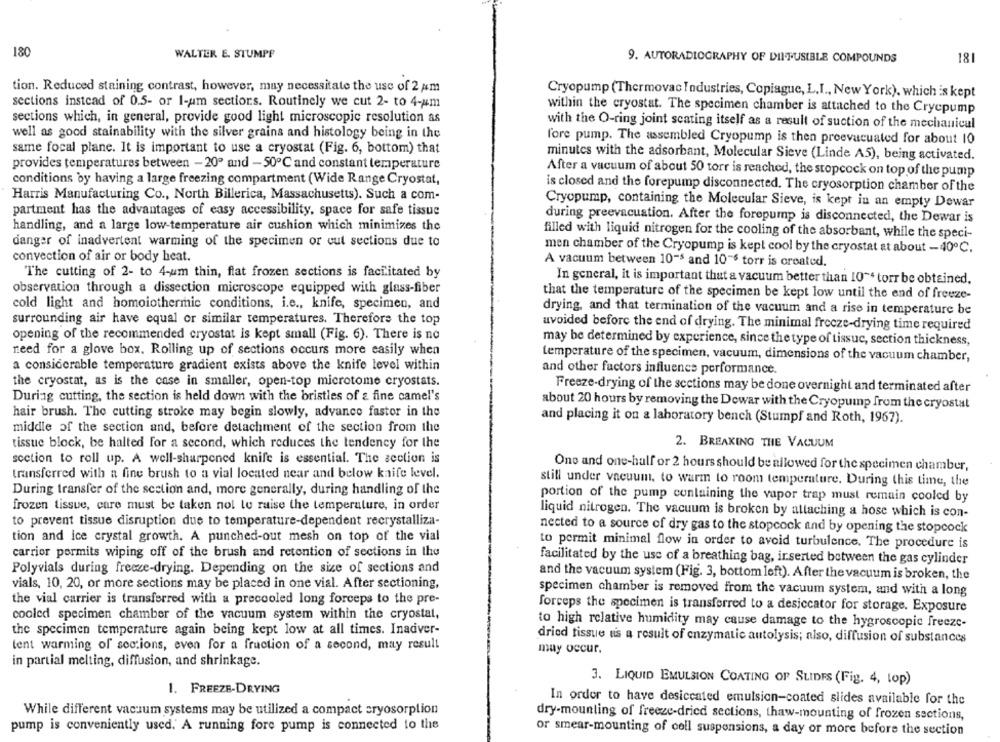
180
WALTER E. STUMPF
9. AUTORADIOGRAPHY OF DIFFUSIBLE COMPOUNDS
181
tion. Reduced staining contrast, however, may necessitate the use of 2 am
Cryopump (Thermovac Industries, Copiague, L,I ., New York), which is kept
sections instead of 0.5- or 1-um sections. Routinely we cut 2- to 4-um
within the cryostat. The specimen chamber is attached to the Crycpump
sections which, in general, provide good light microscopic resolution as
with the O-ring joint seating itself as a result of suction of the mechanical
well as good stainability with the silver grains and histology being in the
fore pump. The assembled Cryopump is then preevacuated for about 10
same focal plane. It is important to use a cryostat (Fig. 6, bottom) that
minutes with the adsorbant, Molecular Sieve (Linde A5), being activated.
provides temperatures between - 20" and -50℃ and constant temperature
After a vacuum of about 50 torr is reached, the stopcock on top of the pump
conditions by having a large freezing compartment (Wide Range Cryostat,
is closed and the forepump disconnected. The cryosorption chamber of the
Harris Manufacturing Co ., North Billerica, Massachusetts). Such a com-
Cryopump, containing the Molecular Sieve, is kept in an empty Dewar
partment has the advantages of easy accessibility, space for safe tissue
during preevacuation. After the forepump is disconnected, the Dewar is
handling, and a large low temperature air cushion which minimizes the
filled with liquid nitrogen for the cooling of the absorbant, while the speci-
danger of inadvertent warming of the specimen or cut sections due to
men chamber of the Cryopump is kept cool by the cryostat at about -40℃.
convection of air or body heat.
A vacuum between 10-5 and 10"6 torr is created.
The cutting of 2- to 4-um thin, flat frozen sections is facilitated by
In general, it is important that a vacuum better than 10" torr be obtained,
observation through a dissection microscope equipped with glass-fiber
that the temperature of the specimen be kept low until the end of freeze-
cold light and homoiothermic conditions, i.e ., knife, specimen, and
drying, and that termination of the vacuum and a rise in temperature be
surrounding air have equal or similar temperatures. Therefore the top
avoided before the end of drying. The minimal frecze-drying time required
opening of the recommended cryostat is kept small (Fig. 6). There is no
may be determined by experience, since the type of tissue, section thickness,
need for a glove box. Rolling up of sections occurs more easily when
temperature of the specimen, vacuum, dimensions of the vacuum chamber,
a considerable temperature gradient exists above the knife level within
and other factors influenes performance.
the cryostat, as is the case in smaller, open-top microtome cryostats.
Freeze-drying of the sections may be done overnight and terminated after
During cutting, the section is held down with the bristles of & fine camel's
about 20 hours by removing the Dewar with the Cryopump from the cryostat
hair brush. The cutting stroke may begin slowly, advance fastor in the
and placing it on a laboratory bench (Stumpf and Roth, 1967).
middle of the section and, before detachment of the section from the
tissue block, be halted for a second, which reduces the tendency for the
2. BREAKING THE VACUUM
section to roll up. A well-sharpened knife is essential. The section is
One and one-half or 2 hours should be allowed for the specimen chamber,
transferred with a fine brush to a vial located near and below kaife level.
still under vacuum, to warm to room temperature. During this time, the
During transfer of the section and, more generally, during handling of the
portion of the pump containing the vapor trap must remain cooled by
frozen tissue, care must be taken nol le raise the temperature, in order
liquid nitrogen. The vacuum is broken by attaching a hose which is con-
to prevent tissue disruption due to temperature-dependent recrystalliza-
nected to a source of dry gas to the stopcock and by opening the stopcock
tion and ice crystal growth. A punched-out mesh on top of the vial
to permit minimal flow in order to avoid turbulence. The procedure is
carrior permits wiping off of the brush and retention of sections in the
facilitated by the use of a breathing bag, inserted between the gas cylinder
Polyvials during freeze-drying. Depending on the size of sections and
and the vacuum system (Fig. 3, bottom left). After the vacuum is broken, the
vials, 10, 20, or more sections may be placed in one vial. After sectioning,
specimen chamber is removed from the vacuum system, and with a long
the vial carrier is transferred with a precooled long forceps to the pre-
forceps the specimen is transferred to a desiccator for storage. Exposure
cooled specimen chamber of the vacuum system within the cryostat,
to high relative humidity may cause damage to the hygroscopic freeze-
the specimen temperature again being kept low at all times. Inadver-
dried tissue us a result of enzymatic autolysis; also, diffusion of substances
lent warming of sections, even for a fraction of a second, may result
may occur.
in partial melting, diffusion, and shrinkage.
3. LIQUID EMULSION COATING OF SLIDES (Fig. 4, top)
1. FREEZE-DRYING
In order to have desiccated emulsion-coated slides available for the
While different vacsum systems may be utilized a compact cryosorption
dry-mounting of freeze-dried sections, thaw-mounting of frozen sections,
pump is conveniently used. A running fore pump is connected to the
or smear-mounting of cell suspensions, a day or more before the section